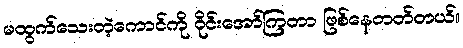
မထွက်သေးတဲ့ကောင်ကို ဝိုင်းအော်ကြတာ ဖြစ်နေတတ်တယ်။